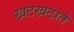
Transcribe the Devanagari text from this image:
खटखटाते